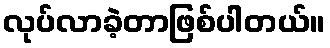
လုပ်လာခဲ့တာဖြစ်ပါတယ်။